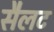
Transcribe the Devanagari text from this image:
सैलट